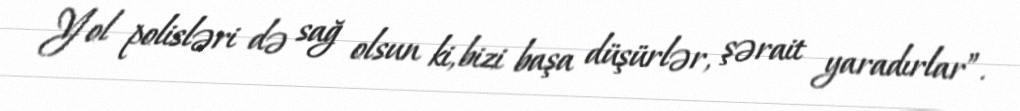
Yol polisləri də sağ olsun ki, bizi başa düşürlər, şərait yaradırlar”.